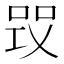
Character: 𠵪